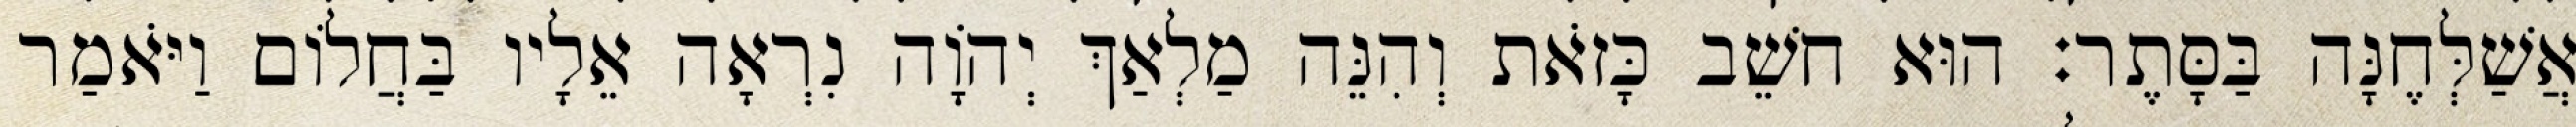
אֲשַׁלְּחֶנָּה בַּסָּתֶר׃ הוּא חשֵׁב כָּזֹאת וְהִנֵּה מַלְאַךְ יְהוָֹה נִרְאָה אֵלָיו בַּחֲלוֹם וַיֹּאמַר